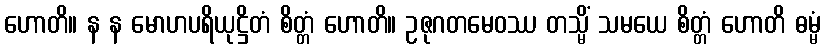
ဟောတိ။ န န မောဟပရိယုဋ္ဌိတံ စိတ္တံ ဟောတိ။ ဥဇုဂတမေဝဿ တသ္မိံ သမယေ စိတ္တံ ဟောတိ ဓမ္မံ